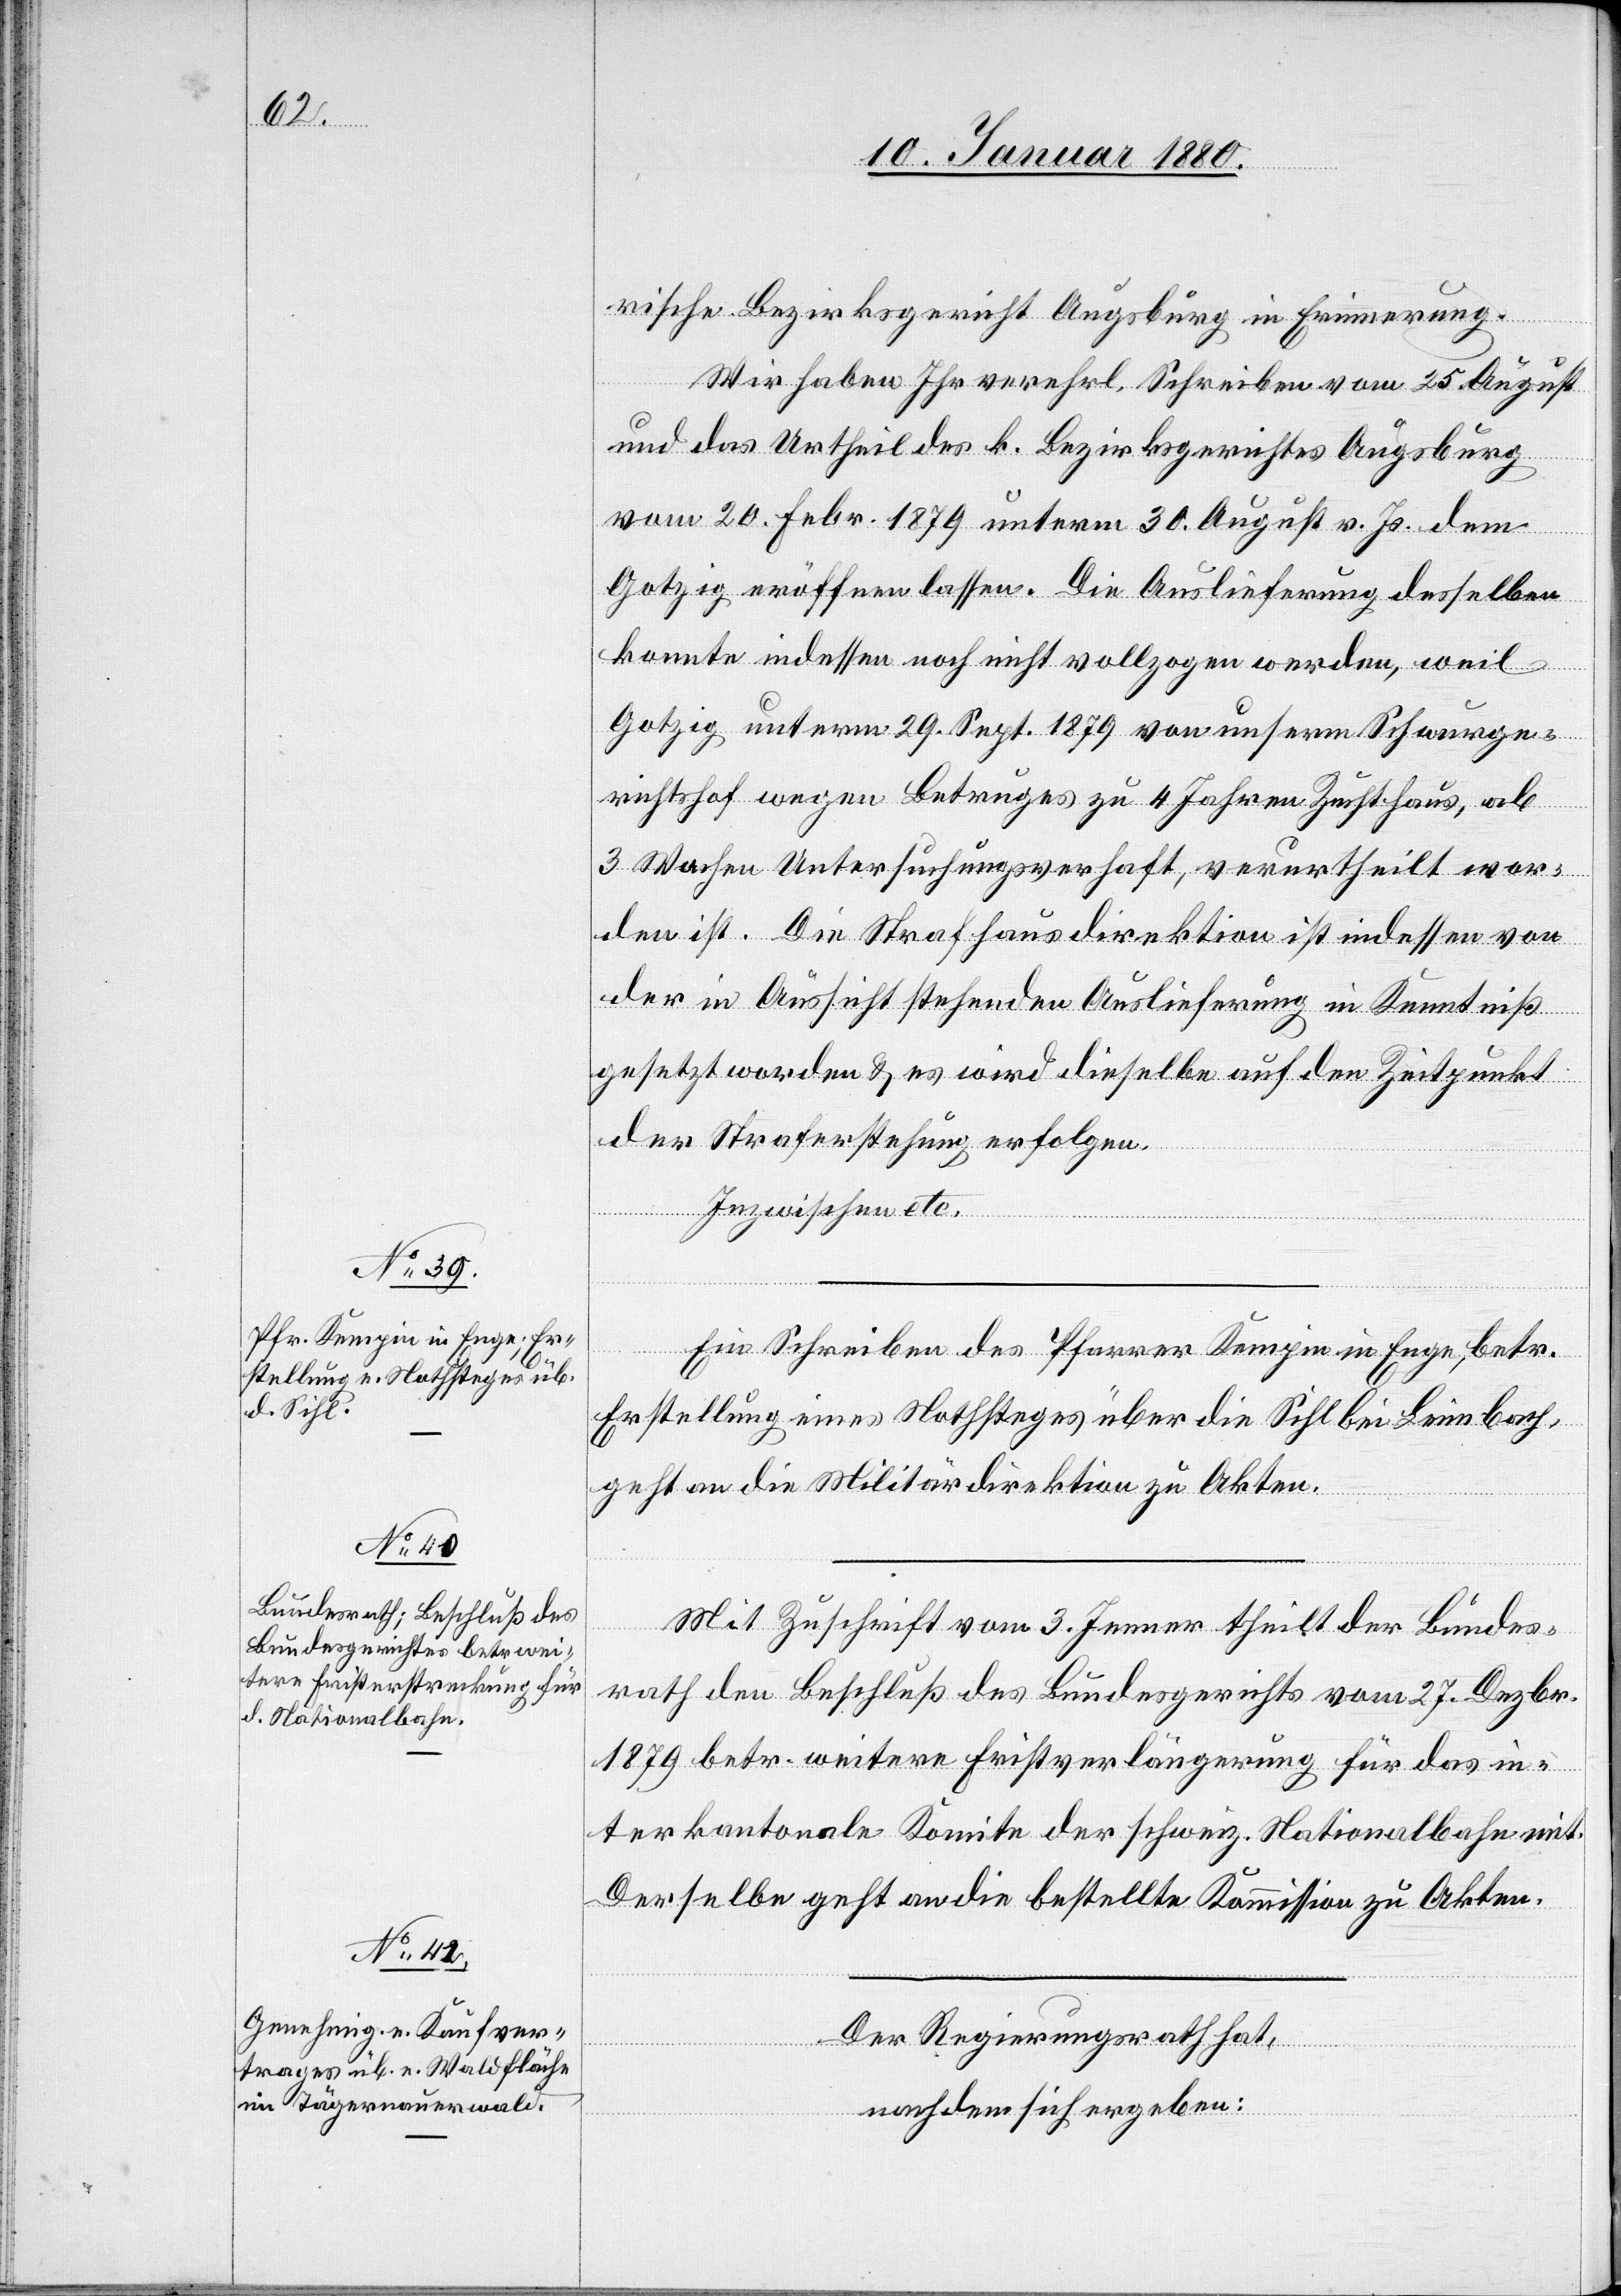
wei¬

rische Bezirksamt Augsburg in Erinnerung.
Wir haben Ihr verehrl. Schreiben vom 25. August
und das Urtheil des k. Bezirksgerichtes Augsburg
vom 20. Febr. 1879 unterm 30. August v. Js. dem
Gotzig eröffnen lassen. Die Auslieferung desselben
konnte indessen noch nicht vollzogen werden, weil
Gotzig unterm 29. Sept. 1879 von unserm Schwurge¬
richtshof wegen Betruges zu 4 Jahren Zuchthaus, als
3 Wochen Untersuchungsverhaft, verurtheilt wor¬
den ist. Die Strafhausdirektion ist indessen von
der in Aussicht stehenden Auslieferung in Kenntniß
gesetzt worden & es wird dieselbe auf den Zeitpunkt
der Straferstehung erfolgen.
in¬
Inzwischen etc.
Ein Schreiben des Pfarrers Kempin in Enge, betr.
Erstellung eines Nothsteges über die Sihl bei Leimbach,
geht an die Militärdirektion zu Akten.
Mit Zuschrift vom 3. Jenner theilt der Bundes¬
tere Fristerstreckung für
rath den Beschluß des Bundesgerichtes vom 27. Dezbr.
terkantonale Komitee der schweiz. Nationalbahn mit.
Derselbe geht an die bestellte Kommission zu Akten.
Der Regierungsrath hat,
nachdem sich ergeben:
das